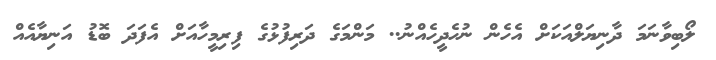
ލޯބިވާނަމަ ދާނިޔަލްއަކަށް އެހެން ނުހެދީހެއްނު.. މަންމަގެ ދަރިފުޅުގެ ފިރިމީހާއަށް އެފަދަ ބޮޑު އަނިޔާއެއް